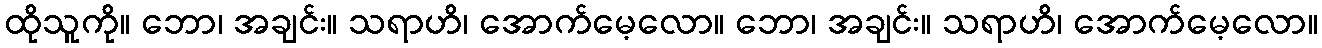
ထိုသူကို။ ဘော၊ အချင်း။ သရာဟိ၊ အောက်မေ့လော။ ဘော၊ အချင်း။ သရာဟိ၊ အောက်မေ့လော။